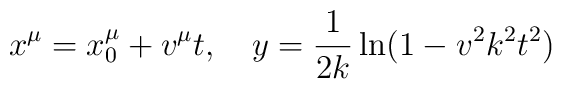
x^{\mu}=x_0^{\mu}+v^{\mu}t, \quad y=\frac{1}{2k}\ln(1-v^2k^2t^2)